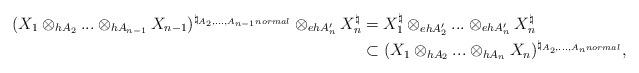
LaTeX: \begin{align*}(X_1\otimes_{h A_2}...\otimes_{hA_{n-1}}X_{n-1})^{\natural_{A_2,...,A_{n-1} normal}}\otimes_{eh A_n'}X_n^\natural&=X_1^\natural\otimes_{eh A_2'}...\otimes_{eh A_n'}X_n^\natural\\&\subset(X_1\otimes_{h A_2}...\otimes_{hA_n}X_n)^{\natural_{A_2,...,A_n normal}},\end{align*}